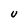
Character: U